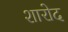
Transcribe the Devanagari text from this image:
शारोद